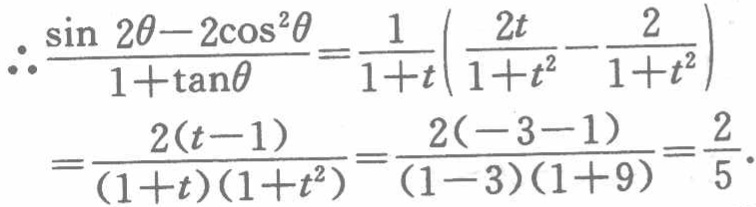
\[\begin{align*}

\therefore\frac{\sin 2\theta - 2\cos^{2}\theta}{1 + \tan\theta}&=\frac{1}{1 + t}\left(\frac{2t}{1 + t^{2}}-\frac{2}{1 + t^{2}}\right)\\

&=\frac{2(t - 1)}{(1 + t)(1 + t^{2})}=\frac{2(-3 - 1)}{(1 - 3)(1 + 9)}=\frac{2}{5}.

\end{align*}\]